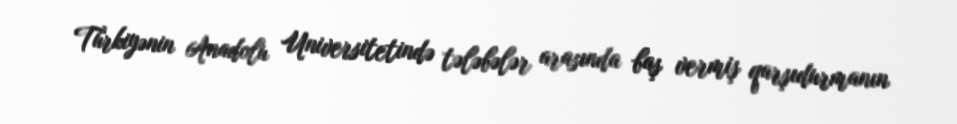
Türkiyənin Anadolu Universitetində tələbələr arasında baş vermiş qarşıdurmanın